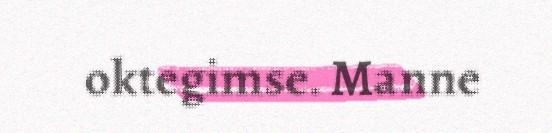
oktegimse. Manne